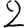
Digit: 2